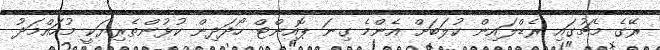
ރޭގެ މެޗުގައި ރެޑްލައިން ކުލަބަށް އެންމެ ގިނަ ޕޮއިންޓް ހޯދަދިން ކުޅުންތެރިޔަކީ މުހައްމަދު